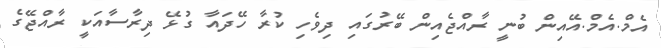
އެމް.އެމް.އޭއިން ބުނީ ރާއްޖެއިން ބޭރުގައި ދިވެހި ކުރާ ހޭދައާ ގުޅޭ ދިރާސާއަކީ ރާއްޖޭގެ